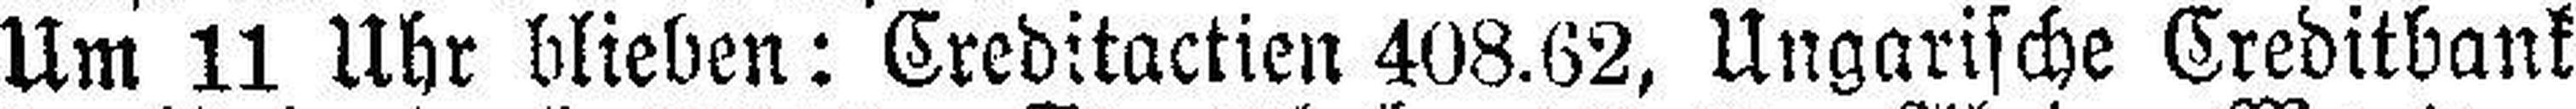
Um 11 Uhr blieben: Creditactien 408.62, Ungarische Creditbank